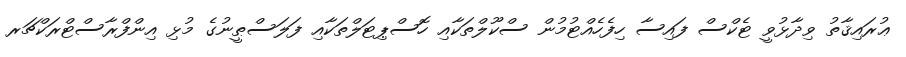
ޢުރައިޤާތު ވިދާޅުވީ ޓެކްސް ފައިސާ ހިފެހެއްޓުމުން ސްކޫލްތަކާއި ހޮސްޕިޓަލްތަކާއި ފަލަސްޠީނުގެ މުޅި އިންފްރާސްޓްރަކްޗަރ